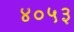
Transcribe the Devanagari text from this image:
४०५३